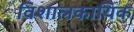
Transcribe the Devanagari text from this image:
विशालकायिक